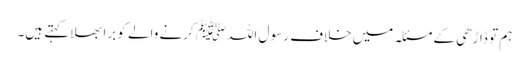
ہم تو ڈاڑھی کے مسئلہ میں خلاف رسو ل اللہﷺ کرنے والے کو برا بھلا کہتے ہیں۔